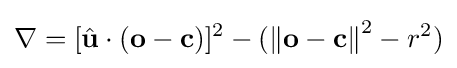
\nabla =[{\hat {\mathbf {u} }}\cdot (\mathbf {o} -\mathbf {c} )]^{2}-(\left\Vert \mathbf {o} -\mathbf {c} \right\Vert ^{2}-r^{2})